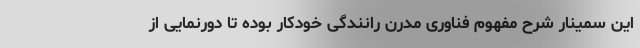
این سمینار شرح مفهوم فناوری مدرن رانندگی خودکار بوده تا دورنمایی از